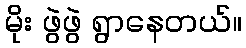
မိုး ဖွဲဖွဲ ရွာနေတယ်။